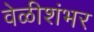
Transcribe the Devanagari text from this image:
वेळीशंभर